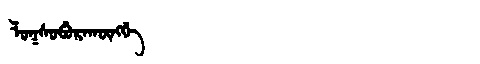
Manchu: ᠯᠣᡴᠰᠣᠪᡠᡵᠠᡴᡡᠩᡤᡝ
Romanization: LOKSOBURAKŪNGGE